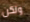
ولكن